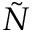
\tilde { N }